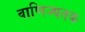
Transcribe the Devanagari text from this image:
वाणिज्यतक